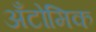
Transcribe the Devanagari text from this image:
अँटोमिक